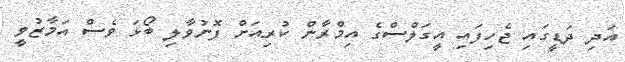
އަދި ދަޑީގައި ޖެހިފައި އީގަލްސްގެ އިމްރާން ކުރިއަށް ފޮނުވާލި ބޯޅަ ވެސް އަމާޒުވީ